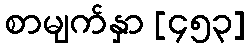
စာမျက်နှာ [၄၅၃]